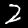
Digit: 2